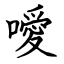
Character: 噯